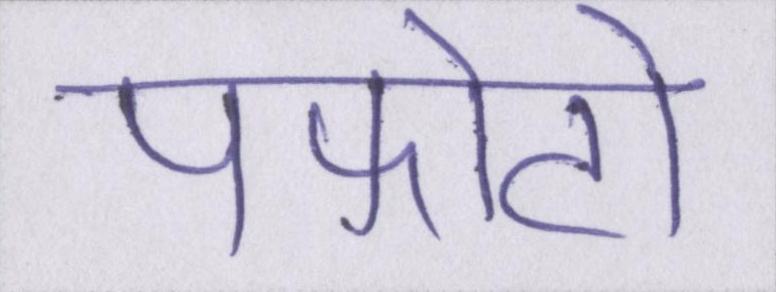
पफोटो